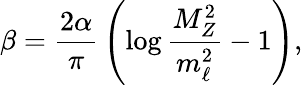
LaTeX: \beta={\frac{2\alpha}{\pi}}\left(\log{\frac{M_{Z}^{2}}{m_{\ell}^{2}}}-1\right),